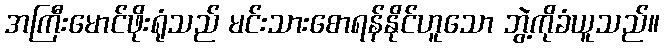
အကြီးမောင်ဖိုးရုံသည် မင်းသားစောရန်နိုင်ဟူသော ဘွဲ့ကိုခံယူသည်။